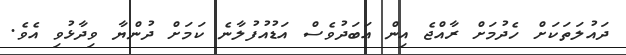
ދައުލަތަކަށް ހެދުމަށް ރާއްޖެ އިން އަބަދުވެސް އަޑުއުފުލާނެ ކަމަށް ދުންޔާ ވިދާޅުވި އެވެ.